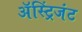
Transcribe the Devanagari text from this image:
अॅस्ट्रिंजंट